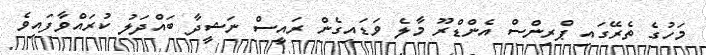
މަހުގެ ތެރޭގައި ޕްރިންސް އެންޑްރޫ މާލެ ވަޑައިގެން ރައީސް ނަޝީދާ ބައްދަލު ކުރައްވާފައިވެ